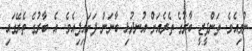
ނުވިއެވެ. ތަންފީޒީ ބާރުގެ ތެރެއަށް އުނދުޅި ބާނަން ފަށައިފިއެވެ. އެ ބާރުގެ ތެރޭގައި